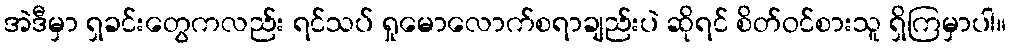
အဲဒီမှာ ရှခင်းတွေကလည်း ရင်သပ် ရှုမောလောက်စရာချည်းပဲ ဆိုရင် စိတ်ဝင်စားသူ ရှိကြမှာပါ။